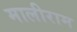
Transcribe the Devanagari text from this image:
मालीराम